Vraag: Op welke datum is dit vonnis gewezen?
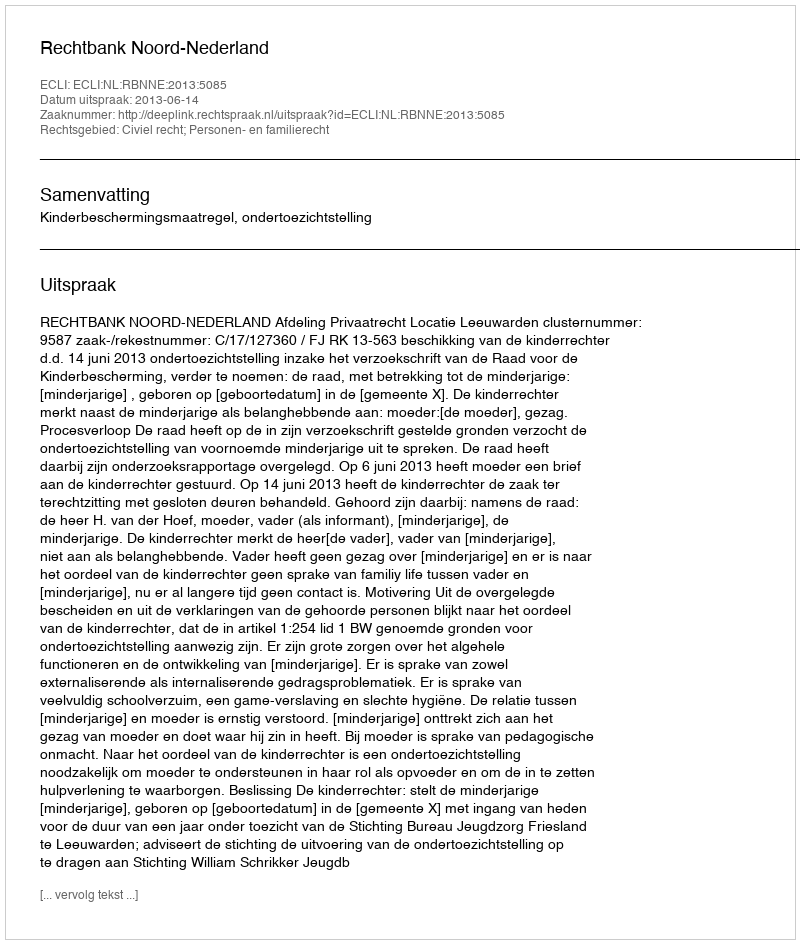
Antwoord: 2013-06-14